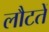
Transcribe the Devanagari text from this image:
लौटतें